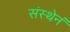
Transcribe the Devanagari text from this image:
संस्थेनं